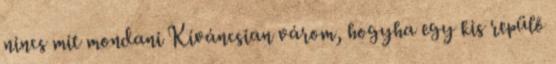
nincs mit mondani Kíváncsian várom, hogyha egy kis repülő